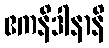
ဧကနိဒါနာနိ